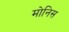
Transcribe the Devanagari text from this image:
मोनिस